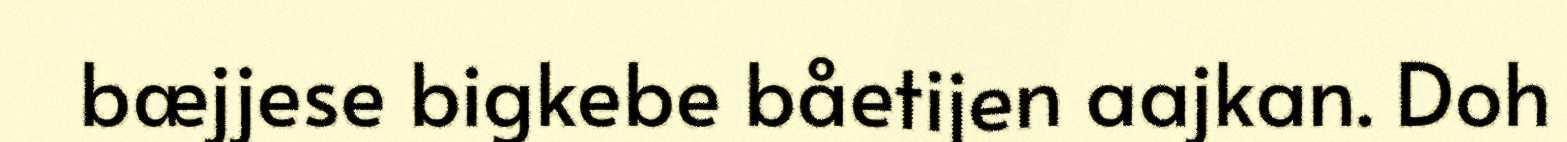
bæjjese bigkebe båetijen aajkan. Doh